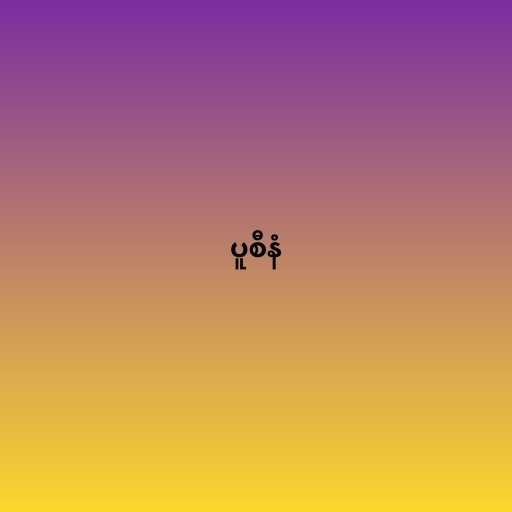
ပူစီနံ